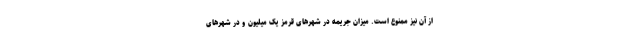
از آن نیز ممنوع است. میزان جریمه در شهرهای قرمز یک میلیون و در شهرهای